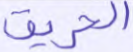
الحريق